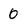
Character: 0